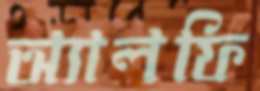
অ্যালফি